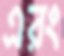
এরং